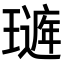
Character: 𤩻